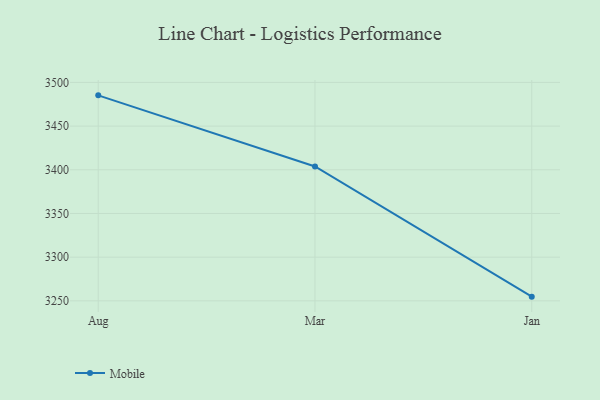
{"axis": {"x": "Month", "y": "Shipments"}, "legend": ["Mobile"], "data": [{"x": "Aug", "y": 3485.2, "type": "Mobile"}, {"x": "Mar", "y": 3403.8, "type": "Mobile"}, {"x": "Jan", "y": 3254.8, "type": "Mobile"}]}